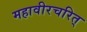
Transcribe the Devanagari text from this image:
महावीरचरित्